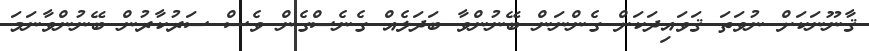
ޤާނޫނަކަށް ނުވަތަ ޤަވައިދަކަށް ގެންނަން ބޭނުންވާ ބަދަލެއް ގެނެސްގެން ވެސް ސަރުކާރުން ބޭނުންވާނަމަ